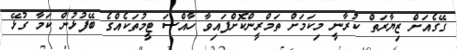
ގޭގެއަށް ޒިޔާރަތް ކުރާނީ މިކަމަށް ތަމްރީންކޮށްފައިވާ ހާއްސަ ޓީމުތަކެއްގެ ބޭފުޅުން ކަމާ ގުޅޭ